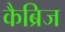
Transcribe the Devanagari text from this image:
कैब्रिज